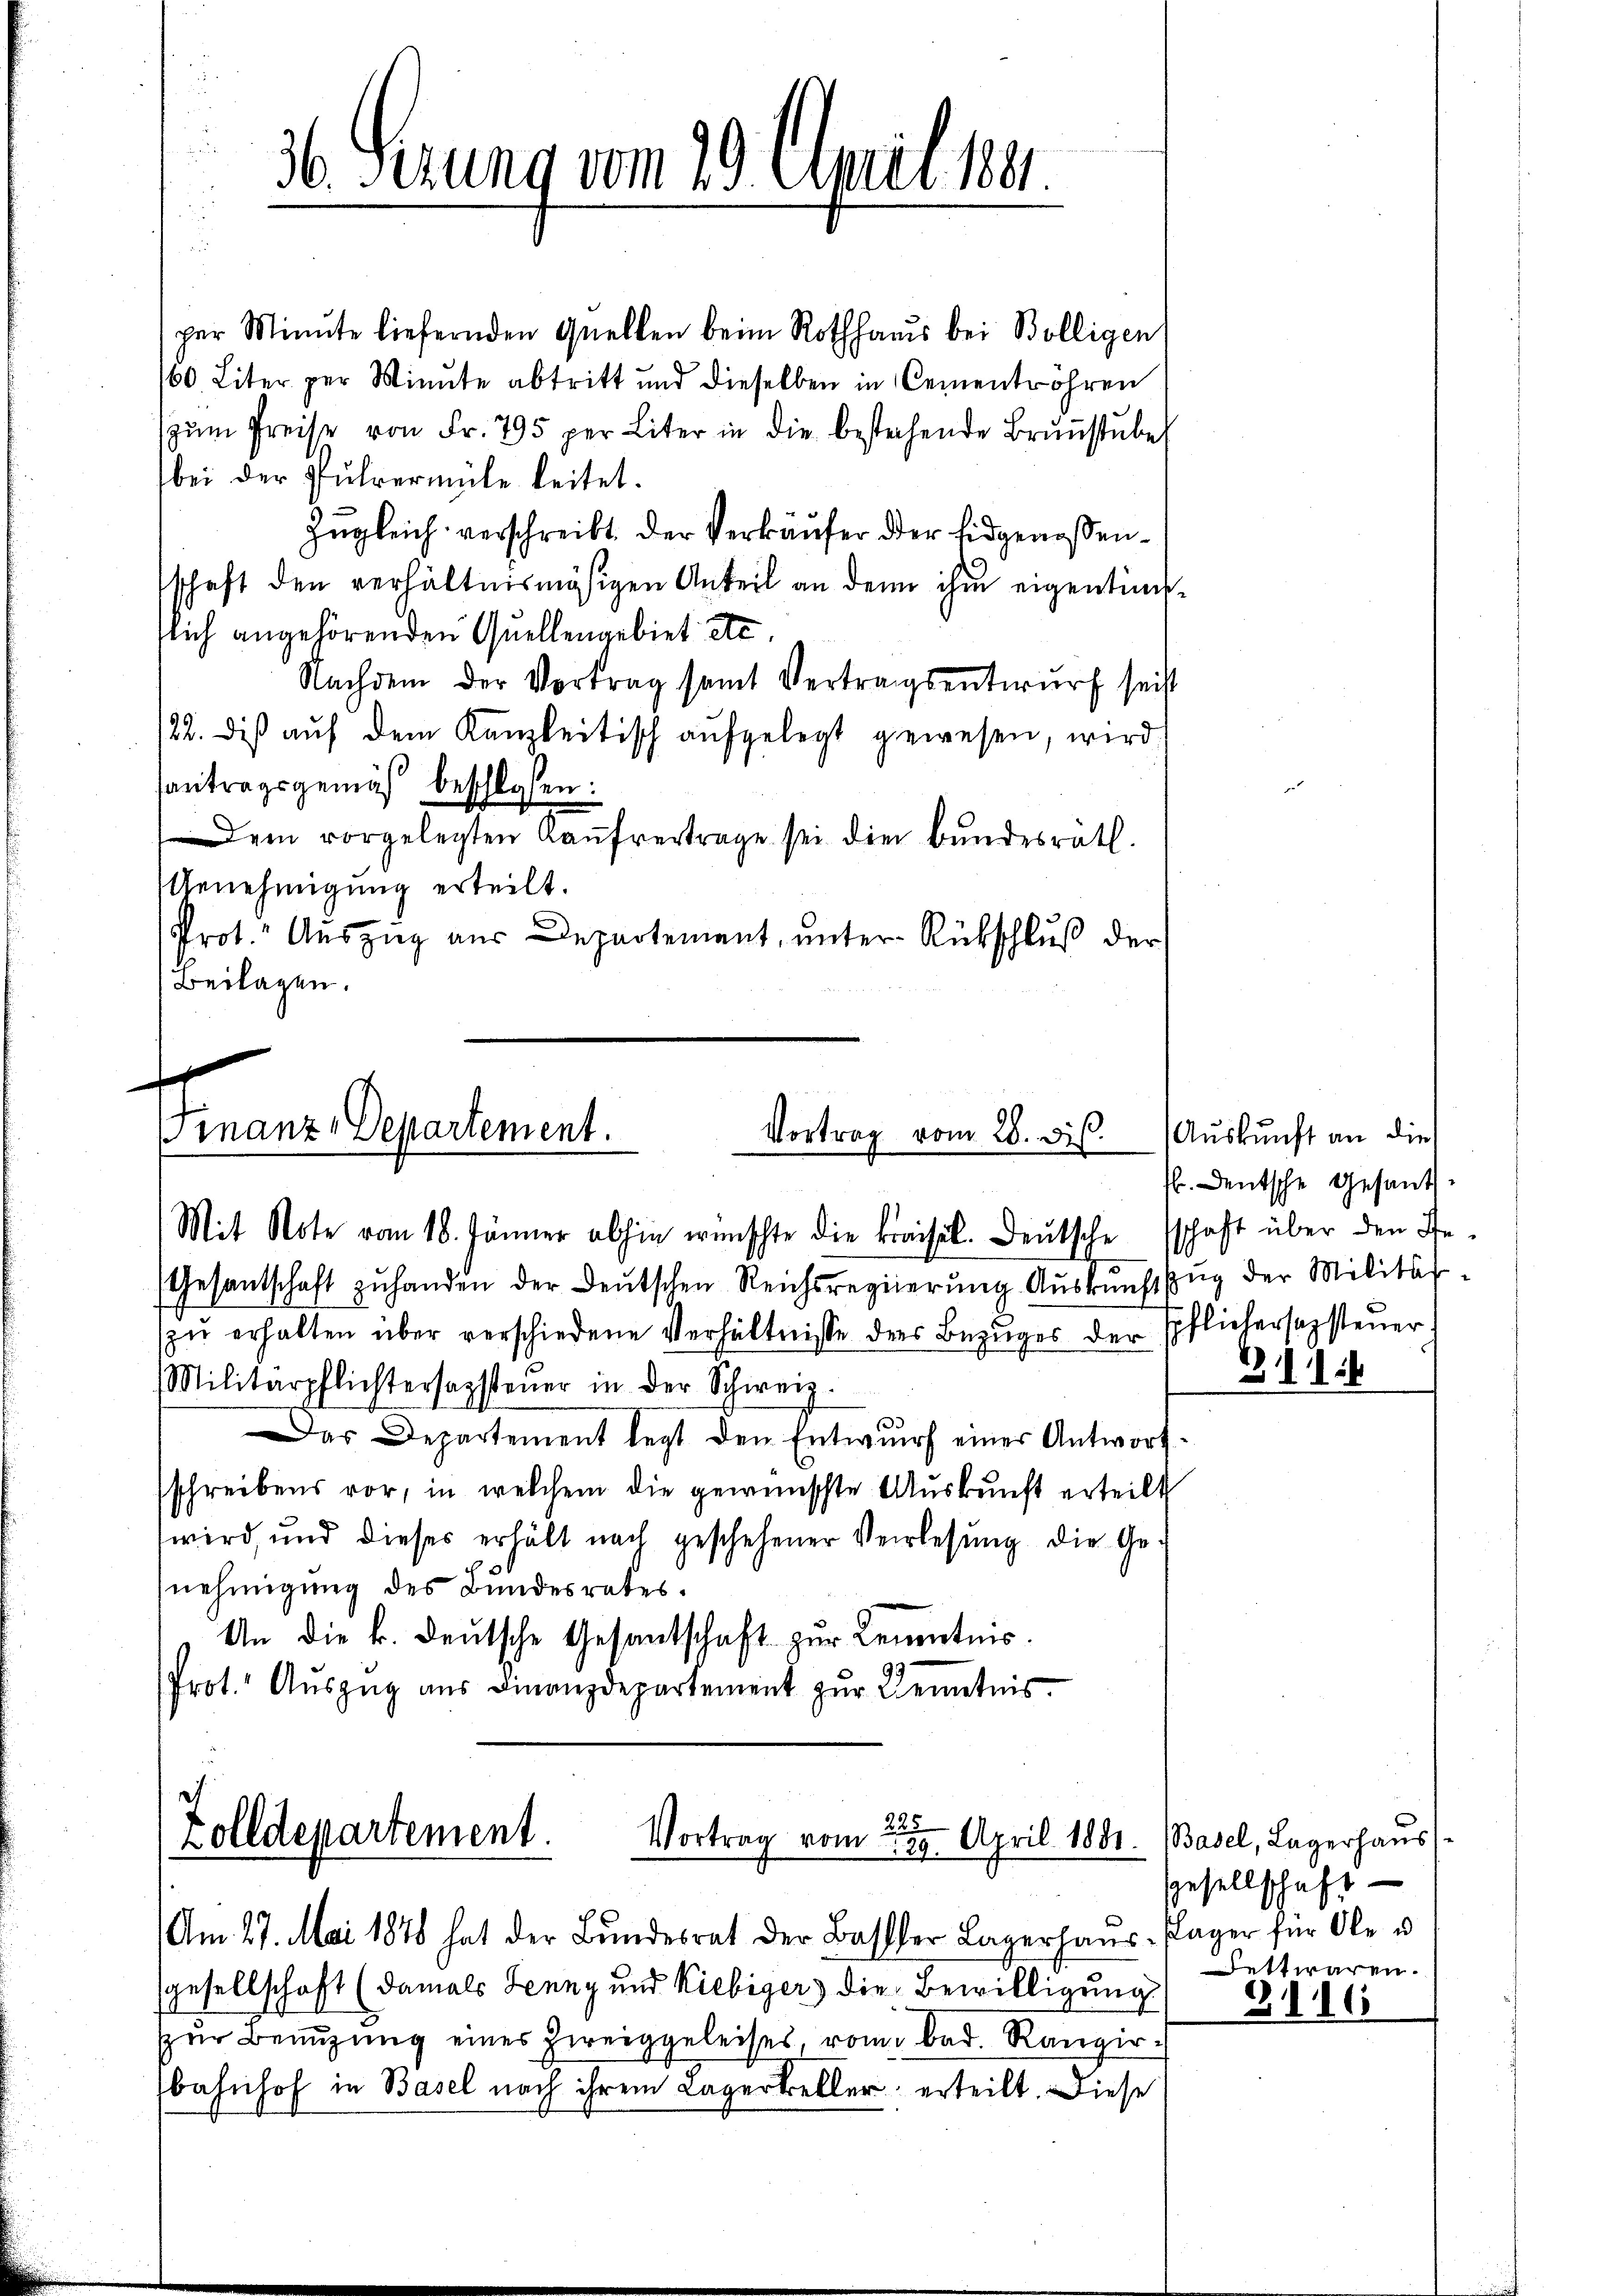
36. Serung vom 29. April 184

per Minute liefernden Quellen beim Rothhaus bei Bolligen
160 Liter per Minute abtritt und dieselben in Cementröhren
zŭm Preise von Fr. 795 per Liter in die bestehende Brŭṅstŭbe
bei der Führermüle leitet.
Zŭgleich verschreibt der Verkäufer der Eidgenossenschaft den verhältnismäsigen Anteil an den ihm eigentumssich angehörenden Quellengebiet etc
Nachdem der Vortrag samt Vertragsentwurf seist
/22. dis aŭf dem Kanzleitisch aufgelegt gewesen, wird
santragsgemäß beschlossen:
Dem vorgelegten Kaŭfvertrage sei die Bundesrath.
Genehmigung erteilt.
Prot." Aŭszŭg aŭs Departement, ŭnter Rückschlŭβ der
Beilagen.

f
Finanz-Departement.
Vortrag vom 28. ds.

Mit Note vom 18. Jänner abhin wünschte die Kraisel. Deutsche schaft über den Ge¬
Gesantschaft zŭ handen der Deutschen Reichsregierŭng Aŭskŭnftzŭg der Militär-
zŭ erhalten über verschiedene Verhältnisse des Bezuges der Erflichersagsteuer
Militärpflichtersagsteŭer in der Schweiz.
Das Departement legt den Entwŭrf einer Antwort-
schreibens vor, in welchem die gewünschte Auskunft erteilt
wird, und dieses erhält nach geschehener Verlesung die Ge-
nehmigung des Bundesrates.
An die k. deutsche Gesantschaft zur Kenntnis.
Prot. Auszug aus Finanzdepartement zur Kenntnis

Zolldepartement.
Vortrag vom 29. April 1881.
Am 27. Mai 1878 hat der Bŭndesrat der Basler Lagerhaŭs- Plager für Ole u

sgesellschaft (damals Jenny und Kiebiger die Bewilligung
zŭr Benuzung eines Zweiggeleises, rom bad. Rangirbahnhof in Basel nach ihrem Lagerteller erteilt. Diese

Auskunft an die
s. Deutsche Gesandt¬

1

Basel, Lagerhaus
Gesellschaft
Bettwaren.

16